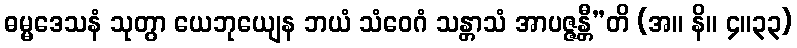
ဓမ္မဒေသနံ သုတွာ ယေဘုယျေန ဘယံ သံဝေဂံ သန္တာသံ အာပဇ္ဇန္တီ”တိ (အ။ နိ။ ၄။၃၃)